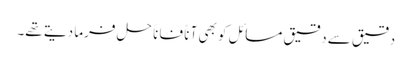
دقیق سے دقیق مسائل کو بھی آناً فاناً حل فرما دیتے تھے۔